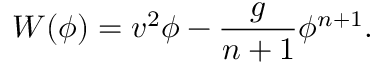
W ( \phi ) = v ^ { 2 } \phi - \frac { g } { n + 1 } \phi ^ { n + 1 } .